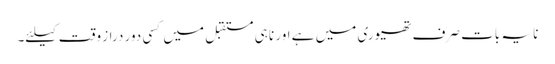
نا یہ بات صرف تھیوری میں ہے اور نا ہی مستقبل میں کسی دور دراز وقت کیلئے۔